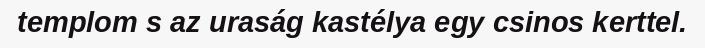
templom s az uraság kastélya egy csinos kerttel.